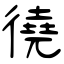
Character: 徺